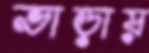
ভাড়ায়